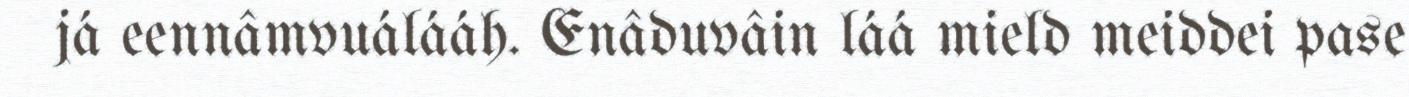
já eennâmvuálááh. Enâduvâin láá mield meiddei pase